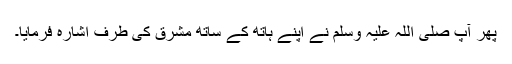
پھر آپ صلی اللہ علیہ وسلم نے اپنے ہاتھ کے ساتھ مشرق کی طرف اشارہ فرمایا۔